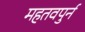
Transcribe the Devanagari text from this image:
महतवपुर्न